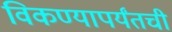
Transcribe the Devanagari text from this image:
विकण्यापर्यंतची